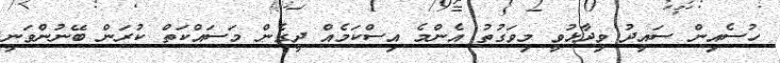
ހުސެއިން ސައީދު ވިދާޅުވީ މިވަގުތު އެންމެ އިސްކަމެއް ދީގެން މަސައްކަތް ކުރަން ބޭނުންވަނީ